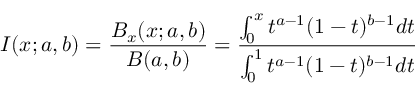
I ( x ; a , b ) = \frac { B _ { x } ( x ; a , b ) } { B ( a , b ) } = \frac { \int _ { 0 } ^ { x } t ^ { a - 1 } ( 1 - t ) ^ { b - 1 } d t } { \int _ { 0 } ^ { 1 } t ^ { a - 1 } ( 1 - t ) ^ { b - 1 } d t }